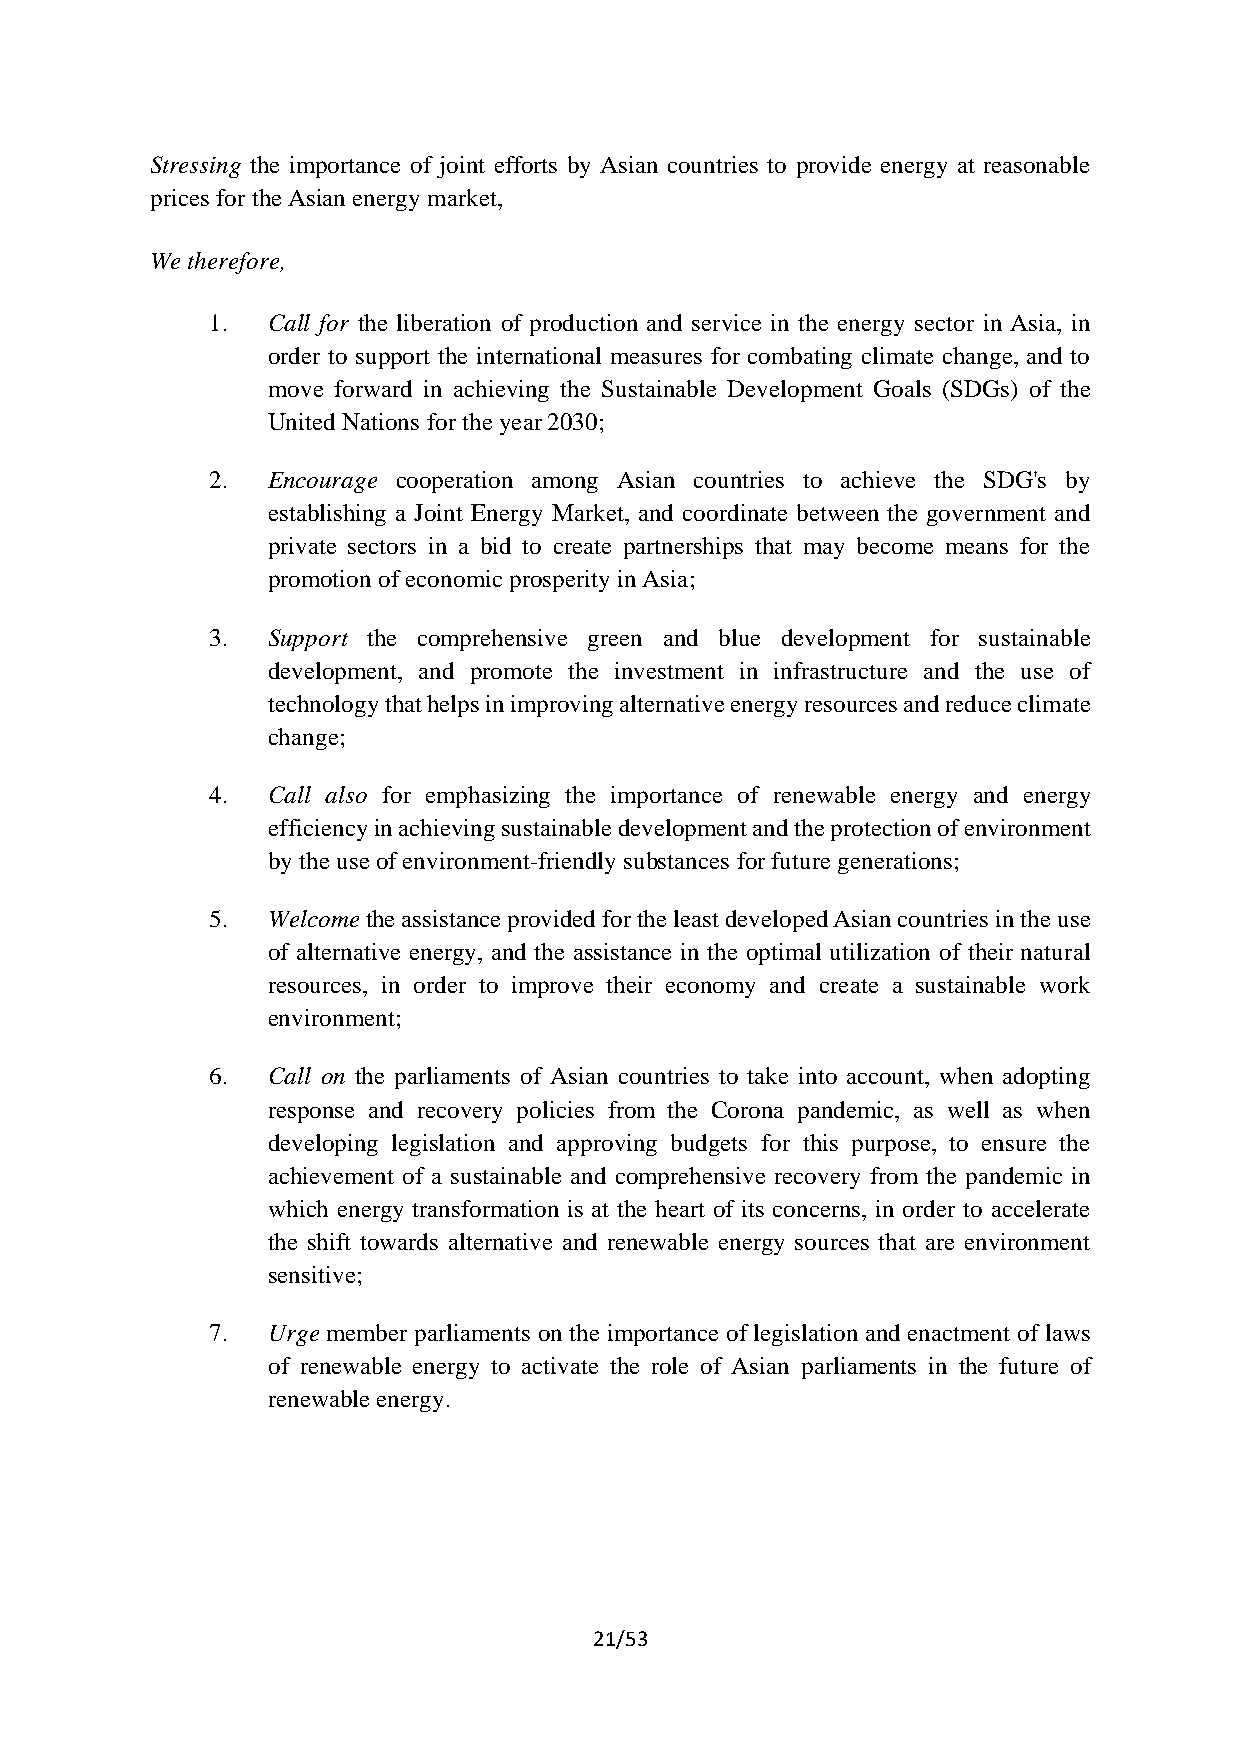
Stressing the importance of joint efforts by Asian countries to provide energy at reasonable
 prices for the Asian energy market,
 We therefore,
 1.  Call for the liberation of production and service in the energy sector in Asia, in
 order to support the international measures for combating climate change, and to
 move forward in achieving the Sustainable Development Goals (SDGs) of the
 United Nations for the year 2030;
 2.  Encourage cooperation among Asian countries to achieve the SDG's by
 establishing a Joint Energy Market, and coordinate between the government and
 private sectors in a bid to create partnerships that may become means for the
 promotion of economic prosperity in Asia;
 3.  Support the comprehensive green and blue development for sustainable
 development, and promote the investment in infrastructure and the use of
 technology that helps in improving alternative energy resources and reduce climate
 change;
 4.  Call also for emphasizing the importance of renewable energy and energy
 efficiency in achieving sustainable development and the protection of environment
 by the use of environment-friendly substances for future generations;
 5.  Welcome the assistance provided for the least developed Asian countries in the use
 of alternative energy, and the assistance in the optimal utilization of their natural
 resources, in order to improve their economy and create a sustainable work
 environment;
 6.  Call on the parliaments of Asian countries to take into account, when adopting
 response and recovery policies from the Corona pandemic, as well as when
 developing legislation and approving budgets for this purpose, to ensure the
 achievement of a sustainable and comprehensive recovery from the pandemic in
 which energy transformation is at the heart of its concerns, in order to accelerate
 the shift towards alternative and renewable energy sources that are environment
 sensitive;
 7.  Urge member parliaments on the importance of legislation and enactment of laws
 of renewable energy to activate the role of Asian parliaments in the future of
 renewable energy.
 21/53